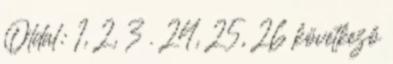
Oldal: 1, 2, 3 . 24, 25, 26 következő